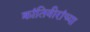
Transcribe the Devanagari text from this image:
क्रांतिवीरांच्या